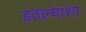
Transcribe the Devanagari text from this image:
इवल्याशा